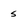
Character: S